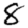
Digit: 8